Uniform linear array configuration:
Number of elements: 24
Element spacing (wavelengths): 1
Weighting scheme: uniform
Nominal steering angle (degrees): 30
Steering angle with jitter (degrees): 31.345
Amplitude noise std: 0.05
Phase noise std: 0.05

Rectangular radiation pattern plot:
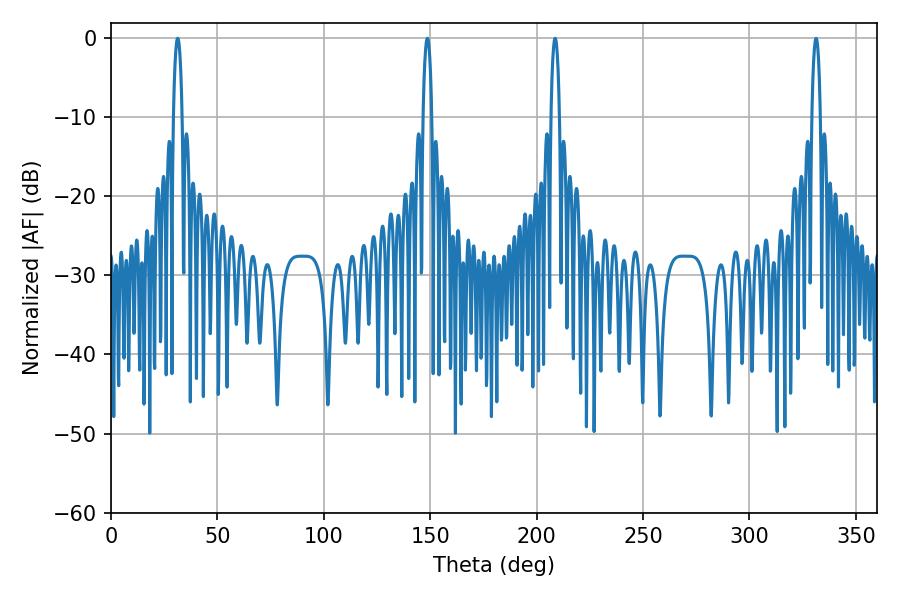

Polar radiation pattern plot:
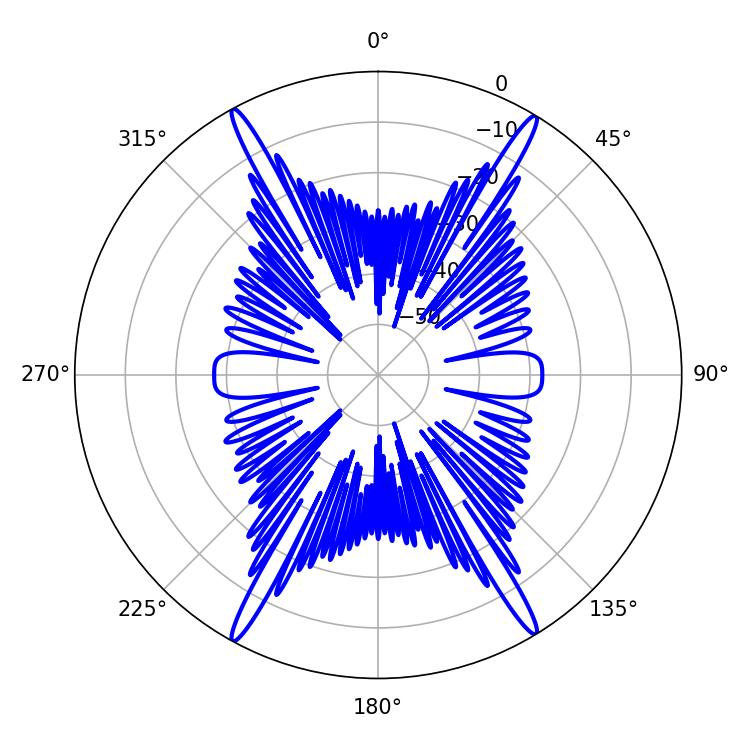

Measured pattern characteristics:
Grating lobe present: TRUE
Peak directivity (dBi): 25.693
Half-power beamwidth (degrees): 2.16
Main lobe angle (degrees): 31.32